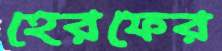
হেরফের